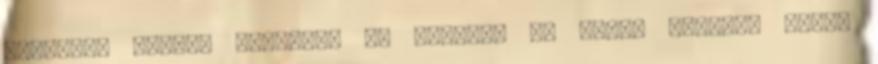
intrikák végleg átveszik az uralmat az élete fölött. Vajon